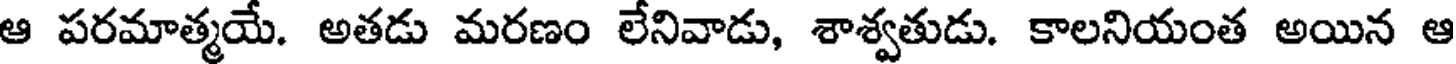
ఆ పరమాత్మయే. అతడు మరణం లేనివాడు, శాశ్వతుడు. కాలనియంత అయిన ఆ